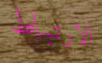
الارتباط